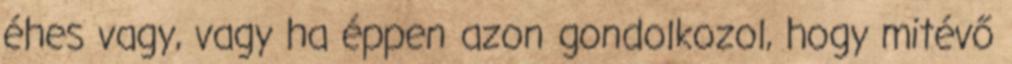
éhes vagy, vagy ha éppen azon gondolkozol, hogy mitévő